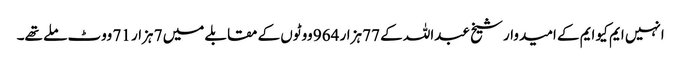
انہیں ایم کیو ایم کے امیدوار شیخ عبداللہ کے 77 ہزار 964 ووٹوں کے مقابلے میں 7 ہزار 71 ووٹ ملے تھے۔